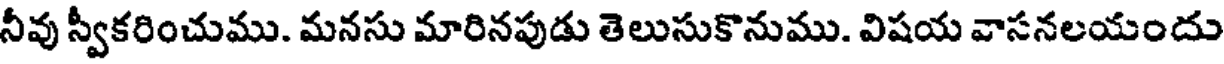
నీవు స్వీకరించుము. మనసు మారినపుడు తెలుసుకొనుము. విషయ వాసనలయందు